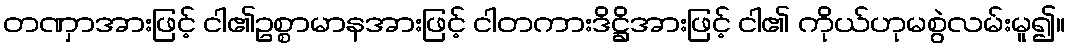
တဏှာအားဖြင့် ငါ၏ဥစ္စာမာနအားဖြင့် ငါတကားဒိဋ္ဌိအားဖြင့် ငါ၏ ကိုယ်ဟုမစွဲလမ်းမူ၍။